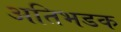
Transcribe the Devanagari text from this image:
अतिभडक